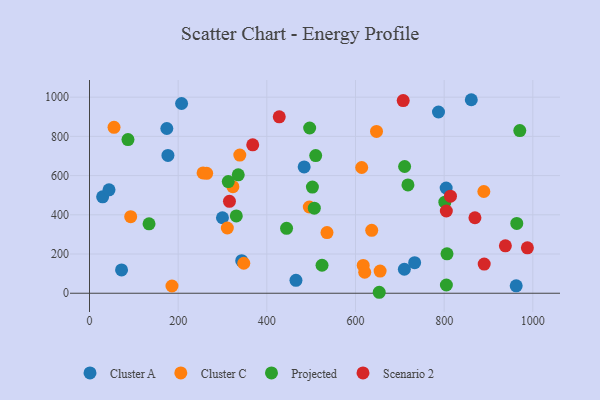
{"axis": {"x": "Engine Size", "y": "Demand"}, "legend": ["Cluster A", "Cluster C", "Projected", "Scenario 2"], "data": [{"x": "176.9", "y": 702.7, "type": "Cluster A"}, {"x": "962.5", "y": 37.8, "type": "Cluster A"}, {"x": "72.3", "y": 118.9, "type": "Cluster A"}, {"x": "787.2", "y": 924.4, "type": "Cluster A"}, {"x": "710.2", "y": 122.3, "type": "Cluster A"}, {"x": "804.5", "y": 536.7, "type": "Cluster A"}, {"x": "207.7", "y": 967.6, "type": "Cluster A"}, {"x": "861.2", "y": 986.9, "type": "Cluster A"}, {"x": "29.6", "y": 491.9, "type": "Cluster A"}, {"x": "343.3", "y": 166.3, "type": "Cluster A"}, {"x": "174.4", "y": 840.2, "type": "Cluster A"}, {"x": "299.9", "y": 385.0, "type": "Cluster A"}, {"x": "44.0", "y": 527.4, "type": "Cluster A"}, {"x": "733.4", "y": 155.8, "type": "Cluster A"}, {"x": "484.2", "y": 644.2, "type": "Cluster A"}, {"x": "465.7", "y": 65.6, "type": "Cluster A"}, {"x": "614.0", "y": 641.2, "type": "Cluster C"}, {"x": "889.5", "y": 518.8, "type": "Cluster C"}, {"x": "495.8", "y": 439.9, "type": "Cluster C"}, {"x": "617.4", "y": 142.0, "type": "Cluster C"}, {"x": "256.2", "y": 613.7, "type": "Cluster C"}, {"x": "647.4", "y": 825.4, "type": "Cluster C"}, {"x": "535.7", "y": 309.4, "type": "Cluster C"}, {"x": "348.0", "y": 153.0, "type": "Cluster C"}, {"x": "55.3", "y": 846.1, "type": "Cluster C"}, {"x": "186.0", "y": 37.0, "type": "Cluster C"}, {"x": "310.9", "y": 332.7, "type": "Cluster C"}, {"x": "620.8", "y": 106.9, "type": "Cluster C"}, {"x": "339.0", "y": 704.4, "type": "Cluster C"}, {"x": "655.5", "y": 112.9, "type": "Cluster C"}, {"x": "636.6", "y": 320.8, "type": "Cluster C"}, {"x": "92.9", "y": 390.5, "type": "Cluster C"}, {"x": "264.3", "y": 611.3, "type": "Cluster C"}, {"x": "323.4", "y": 543.3, "type": "Cluster C"}, {"x": "507.1", "y": 434.0, "type": "Projected"}, {"x": "970.6", "y": 829.7, "type": "Projected"}, {"x": "496.6", "y": 842.7, "type": "Projected"}, {"x": "524.5", "y": 142.8, "type": "Projected"}, {"x": "444.5", "y": 331.0, "type": "Projected"}, {"x": "718.3", "y": 552.6, "type": "Projected"}, {"x": "806.4", "y": 201.1, "type": "Projected"}, {"x": "502.8", "y": 541.6, "type": "Projected"}, {"x": "86.8", "y": 783.7, "type": "Projected"}, {"x": "510.2", "y": 702.0, "type": "Projected"}, {"x": "653.5", "y": 4.9, "type": "Projected"}, {"x": "331.1", "y": 394.1, "type": "Projected"}, {"x": "335.5", "y": 604.0, "type": "Projected"}, {"x": "963.8", "y": 355.9, "type": "Projected"}, {"x": "805.0", "y": 41.9, "type": "Projected"}, {"x": "134.3", "y": 354.1, "type": "Projected"}, {"x": "313.0", "y": 569.6, "type": "Projected"}, {"x": "801.5", "y": 464.6, "type": "Projected"}, {"x": "710.8", "y": 646.4, "type": "Projected"}, {"x": "368.2", "y": 756.7, "type": "Scenario 2"}, {"x": "938.1", "y": 241.6, "type": "Scenario 2"}, {"x": "987.7", "y": 231.8, "type": "Scenario 2"}, {"x": "814.2", "y": 495.1, "type": "Scenario 2"}, {"x": "428.0", "y": 899.7, "type": "Scenario 2"}, {"x": "890.3", "y": 148.8, "type": "Scenario 2"}, {"x": "869.4", "y": 385.1, "type": "Scenario 2"}, {"x": "707.6", "y": 982.4, "type": "Scenario 2"}, {"x": "804.9", "y": 419.3, "type": "Scenario 2"}, {"x": "315.7", "y": 468.9, "type": "Scenario 2"}]}